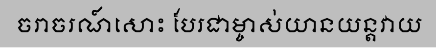
ចរាចរណ៍សោះ បែរជាម្ចាស់យានយន្តវាយ